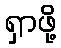
ရှာဖို့